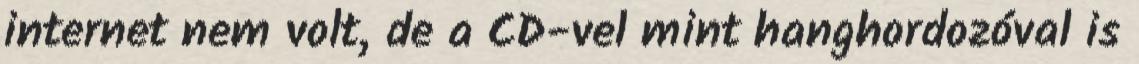
internet nem volt, de a CD-vel mint hanghordozóval is